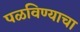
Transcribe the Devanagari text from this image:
पळविण्याचा